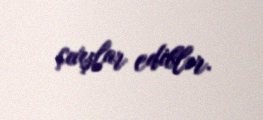
çıxışlar ediblər.